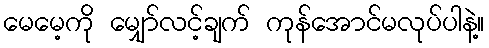
မေမေ့ကို မျှော်လင့်ချက် ကုန်အောင်မလုပ်ပါနဲ့။